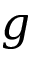
g